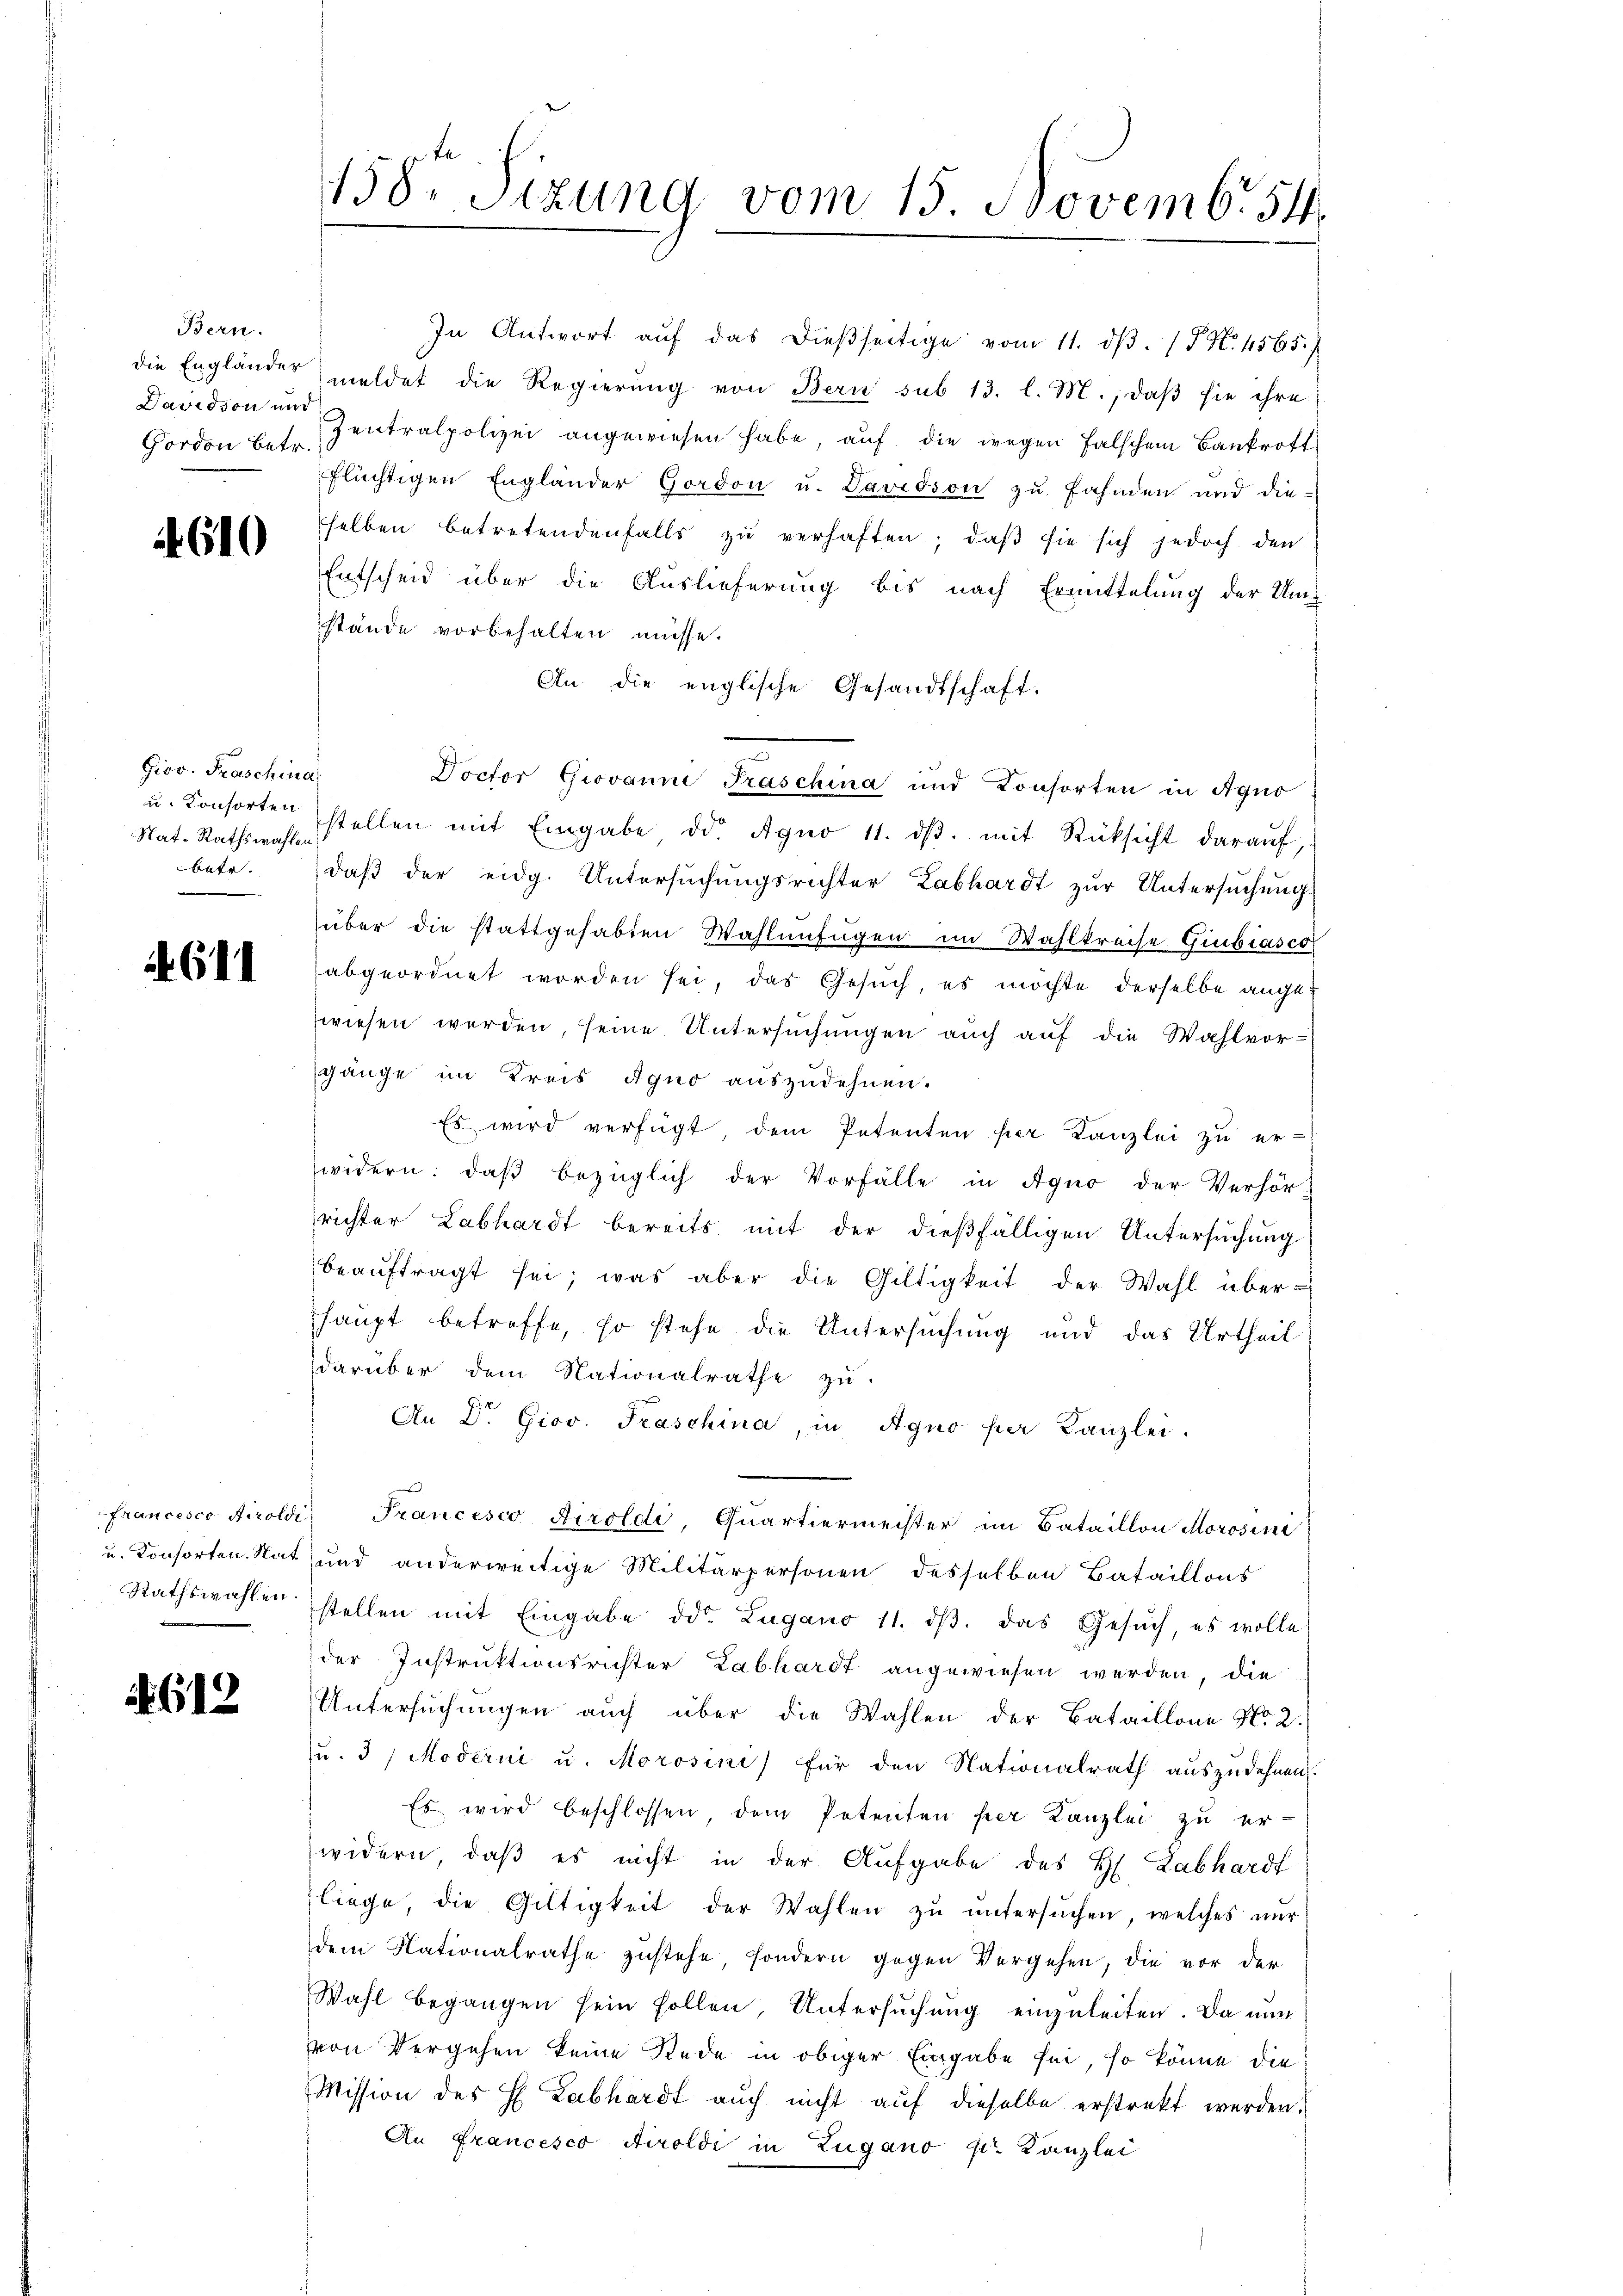
Bern.
Davidson und
Gordon betr.

4.610

Giov. Fraschina
Nat. Rathswahlen
betr.

611

Entscheid über die Auslieferung bis nach Ermittelung der Umstände vorbehalten müsse.
An die englische Gesandtschaft.
Doctor Giovanne Fraschina und Konsorten in Agno
u. Konsorten stellen mit Eingabe dr. Agno 11. dβ. mit Rücksicht daraŭf,
daß der eidg. Untersuchungsrichter Labhardt zur Untersŭchŭng.
über die stattgehabten Wahlenfügen im Wahlkreise. Giubiasco
abgeordnet worden sei, das Gesuch, es möchte derselbe aucht.
wiesen werden, seine Untersuchungen auch auf die Wahlvor-
gänge im Kreis Aquo auszudehnen.
Es wird verfügt dem Petenten per Kanzlei zu er-
widern: daβ bezüglich der Vorfälle in Agno der Verhör-
richter Labhardt bereits mit der dießfälligen Untersuchung
beaŭftragt sei, was aber die Gültigkeit der Wahl über-
haupt betreffe, so stehe die Untersuchung und das Urtheil
darüber dem Nationalrathe zu
An Dr. Giov. Fraschina, in Agno per Kanzlei.
Francesco Airoldi, Francesco Airoldi Quartiermeister im Bataillon Morosini
u. Konsorten Rat und anderweitige Militärpersonen desselben Bataillons
Rathswahlen stellen mit Eingabe od. Lugano 11. dβ. das Gesŭch, es wolle
der Instruktionsrichter Labhardt angewiesen werden, die
Untersuchungen auch über die Wahlen der Bataillone No. 2.
u. 3) Moderni u. Morosine für den Nationalrath auszudehnen.
Es wird beschlossen dem Petenten per Kanzlei zu er-
widern, daß es nicht in der Aufgabe des H. Labhardf
liege, die Gültigkeit der Wahlen zŭ ŭntersŭchen, welches nur
dem Nationalrathe zustehe, sondern gegen Vergehen, die vor der
Wahl begangen sein sollen, Untersŭchŭng einzuleiten. Da nun
von Vergehen keine Rede in obiger Eingabe sei, so könne die
Mission des H. Labhardt auch nicht auf dieselbe erstrakt werden.
An Francesco Airoldi in Zugano u. Kanzlei

4612.

158. Sizung vom 15. Novemb. 54.

In Antwort aŭf das dieβseitige vom 11. dβ. P. Nr. 4565.
die Engländer meldet die Regierung von Bern sub 13. l. M., daβ sie ihre
Zentralpolizei angewiesen habe, auf die wegen falschem Bankroft
flüchtigen Englander Gordon u. Davidson zu fahnden und die-
selben betretendenfalls zu verhaften; daß sie sich jedoch den